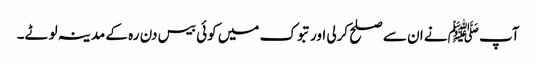
آپ ﷺنے ان سے صلح کرلی اور تبوک میں کوئی بیس دن رہ کے مدینہ لوٹے۔